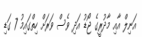
އަނިލް އާއި މާދުރީގެ ޖޯޑު އަދި ވެސް ވަރަށް ހިތްގައިމު 7 ގަޑި